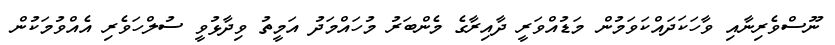
ނޫސްވެރިނާއި ވާހަކަދައްކަވަމުން މަޑުއްވަރީ ދާއިރާގެ މެންބަރު މުހައްމަދު އަމީތު ވިދާޅުވީ ސުލްހަވެރި އެއްވުމަކުން